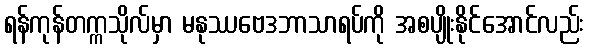
ရန်ကုန်တက္ကသိုလ်မှာ မနုဿဗေဒဘာသာရပ်ကို အစပျိုးနိုင်အောင်လည်း